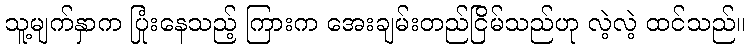
သူ့မျက်နှာက ပြုံးနေသည့် ကြားက အေးချမ်းတည်ငြိမ်သည်ဟု လဲ့လဲ့ ထင်သည်။